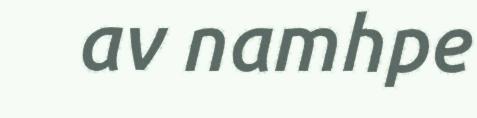
av namhpe